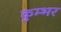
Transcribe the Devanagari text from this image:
कुम्भर